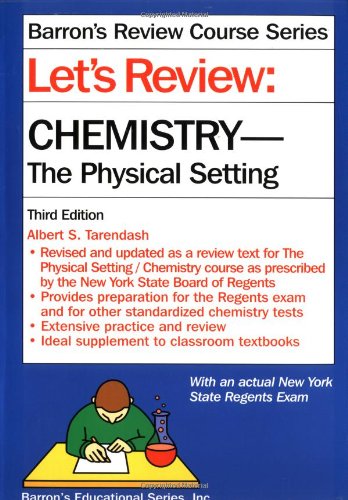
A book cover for Let's Review: Chemistry, the Physical Setting (Let's Review Series); Albert S. Tarendash; Test Preparation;